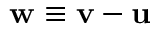
{ \bf w } \equiv { \bf v } - { \bf u }